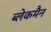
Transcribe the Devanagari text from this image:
ब्लेकमैन